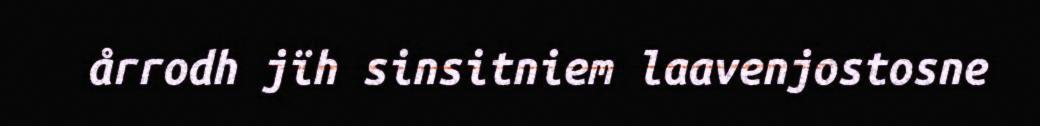
årrodh jïh sinsitniem laavenjostosne